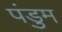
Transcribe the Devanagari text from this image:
पंडुम